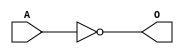
module JINVC(A, O);
input   A;
output  O;
not g0(O, A);
endmodule